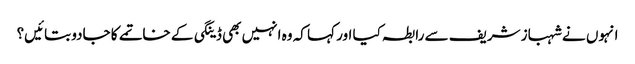
انہوں نے شہباز شریف سے رابطہ کیا اور کہا کہ وہ انہیں بھی ڈینگی کے خاتمے کا جادو بتائیں؟